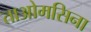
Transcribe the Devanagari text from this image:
ताओमसिना